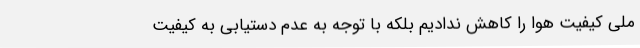
ملی کیفیت هوا را کاهش ندادیم بلکه با توجه به عدم دستیابی به کیفیت